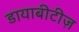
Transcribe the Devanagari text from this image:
डायाबीटीज़